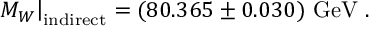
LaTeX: \left. M _ { W } \right| _ { \mathrm { i n d i r e c t } } = ( 8 0 . 3 6 5 \pm 0 . 0 3 0 ) ~ \mathrm { G e V } ~ .